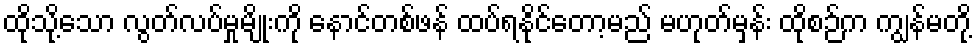
ထိုသို့သော လွတ်လပ်မှုမျိုးကို နောင်တစ်ဖန် ထပ်ရနိုင်တော့မည် မဟုတ်မှန်း ထိုစဉ်က ကျွန်မတို့